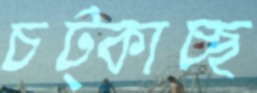
চট্‌কাচ্ছ